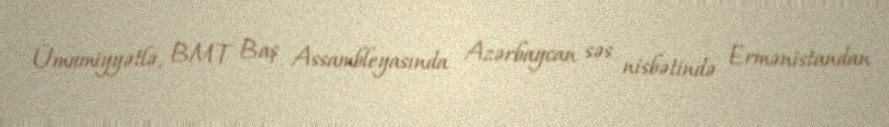
Ümumiyyətlə, BMT Baş Assambleyasında Azərbaycan səs nisbətində Ermənistandan